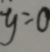
y = 0